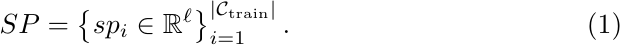
\begin{equation}
    \label{specific class prompt}
    SP = \left\{sp_i \in \mathbb{R}^{\ell} \right\}^{\left|\mathcal{C_{\text{train}}}\right|}_{i=1}.
\end{equation}